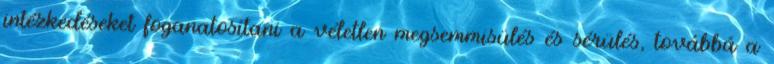
intézkedéseket foganatosítani a véletlen megsemmisülés és sérülés, továbbá a